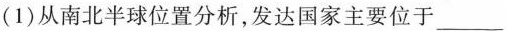
(1)从南北半球位置分析，发达国家主要位于___